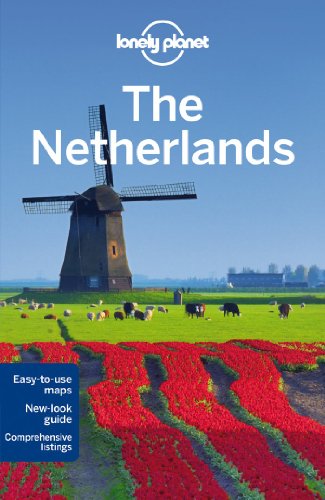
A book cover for Lonely Planet The Netherlands (Travel Guide); Lonely Planet; Travel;